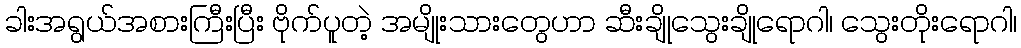
ခါးအရွယ်အစားကြီးပြီး ဗိုက်ပူတဲ့ အမျိုးသားတွေဟာ ဆီးချိုသွေးချိုရောဂါ၊ သွေးတိုးရောဂါ၊